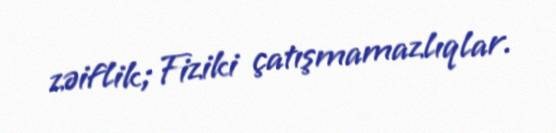
zəiflik;Fiziki çatışmamazlıqlar.